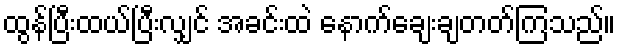
ထွန်ပြီးထယ်ပြီးလျှင် အခင်းထဲ နောက်ချေးချတတ်ကြသည်။